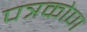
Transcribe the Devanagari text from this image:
पत्रकोण